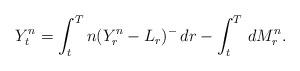
LaTeX: \begin{align*} Y^n_t=\int_t^Tn(Y^n_r-L_r)^-\,dr-\int_t^T\,dM^n_r.\end{align*}